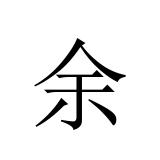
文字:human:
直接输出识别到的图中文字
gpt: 余